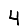
Digit: 4